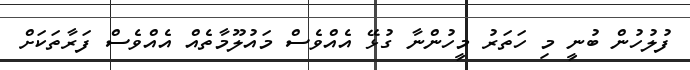
ފުލުހުން ބުނީ މި ހަތަރު މީހުންނާ ގުޅޭ އެއްވެސް މައުލޫމާތެއް އެއްވެސް ފަރާތަކަށް